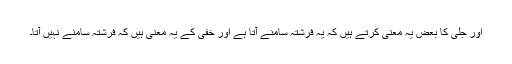
اور جلی کا بعض یہ معنی کرتے ہیں کہ یہ فرشتہ سامنے آتا ہے اور خفی کے یہ معنی ہیں کہ فرشتہ سامنے نہیں آتا۔